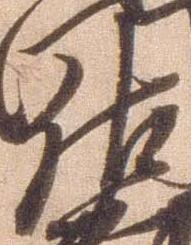
佐